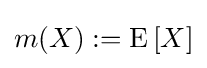
{\textstyle m(X):=\operatorname {E} \left[X\right]}